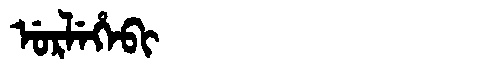
Manchu: ᡠᡵᠯᡝᡥᡝᠪᡳ
Romanization: URLEHEBI